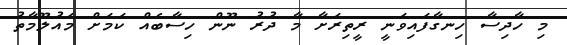
މި ހާދިސާ ހިނގާފައިވަނީ ރީތިރަށާ މާ ދުރު ނޫން ހިސާބެއް ކަމަށް މައުލޫމާތު